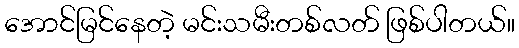
အောင်မြင်နေတဲ့ မင်းသမီးတစ်လတ် ဖြစ်ပါတယ်။